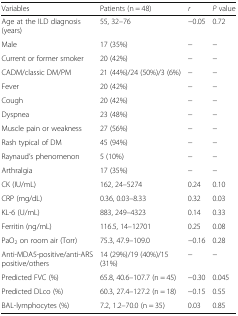
<table><thead><tr><td><b>Variables</b></td><td><b>Patients (n = 48)</b></td><td><b><i>r</i></b></td><td><b><i>P</i> value</b></td></tr></thead><tbody><tr><td>Age at the ILD diagnosis (years)</td><td>55, 32–76</td><td>−0.05</td><td>0.72</td></tr><tr><td>Male</td><td>17 (35%)</td><td>−</td><td>−</td></tr><tr><td>Current or former smoker</td><td>20 (42%)</td><td>−</td><td>−</td></tr><tr><td>CADM/classic DM/PM</td><td>21 (44%)/24 (50%)/3 (6%)</td><td>−</td><td>−</td></tr><tr><td>Fever</td><td>20 (42%)</td><td>−</td><td>−</td></tr><tr><td>Cough</td><td>20 (42%)</td><td>−</td><td>−</td></tr><tr><td>Dyspnea</td><td>23 (48%)</td><td>−</td><td>−</td></tr><tr><td>Muscle pain or weakness</td><td>27 (56%)</td><td>−</td><td>−</td></tr><tr><td>Rash typical of DM</td><td>45 (94%)</td><td>−</td><td>−</td></tr><tr><td>Raynaud’s phenomenon</td><td>5 (10%)</td><td>−</td><td>−</td></tr><tr><td>Arthralgia</td><td>17 (35%)</td><td>−</td><td>−</td></tr><tr><td>CK (IU/mL)</td><td>162, 24–5274</td><td>0.24</td><td>0.10</td></tr><tr><td>CRP (mg/dL)</td><td>0.36, 0.03–8.33</td><td>0.32</td><td>0.03</td></tr><tr><td>KL-6 (U/mL)</td><td>883, 249–4323</td><td>0.14</td><td>0.33</td></tr><tr><td>Ferritin (ng/mL)</td><td>116.5, 14–12701</td><td>0.25</td><td>0.08</td></tr><tr><td>PaO<sub>2</sub> on room air (Torr)</td><td>75.3, 47.9–109.0</td><td>−0.16</td><td>0.28</td></tr><tr><td>Anti-MDA5-positive/anti-ARS positive/others</td><td>14 (29%)/19 (40%)/15 (31%)</td><td>−</td><td>−</td></tr><tr><td>Predicted FVC (%)</td><td>65.8, 40.6–107.7 (n = 45)</td><td>−0.30</td><td>0.045</td></tr><tr><td>Predicted DLco (%)</td><td>60.3, 27.4–127.2 (n = 18)</td><td>−0.15</td><td>0.55</td></tr><tr><td>BAL-lymphocytes (%)</td><td>7.2, 1.2–70.0 (n = 35)</td><td>0.03</td><td>0.85</td></tr></tbody></table>